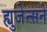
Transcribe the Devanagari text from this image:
ह्युजेन्सने